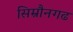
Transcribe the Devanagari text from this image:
सिम्रौनगढ